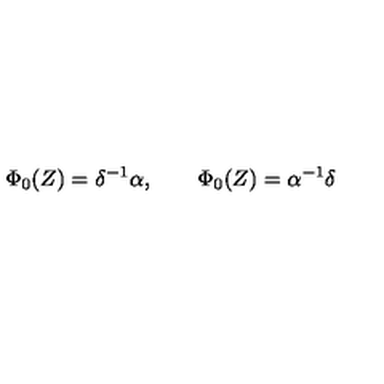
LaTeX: \Phi _ { 0 } ( Z ) = \delta ^ { - 1 } \alpha , \qquad \Phi _ { 0 } ( Z ) = \alpha ^ { - 1 } \delta